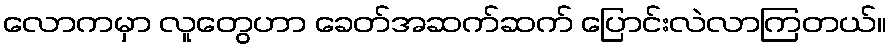
လောကမှာ လူတွေဟာ ခေတ်အဆက်ဆက် ပြောင်းလဲလာကြတယ်။